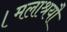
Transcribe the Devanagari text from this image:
।मलाश्रयौ